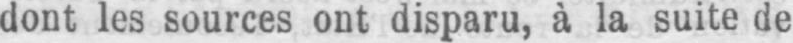
dont les sources ont disparu, à la suite de